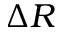
\Delta R